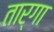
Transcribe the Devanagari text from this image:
तार्गा